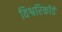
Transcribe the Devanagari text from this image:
विश्वरिकॉर्ड